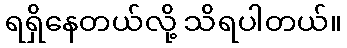
ရရှိနေတယ်လို့ သိရပါတယ်။